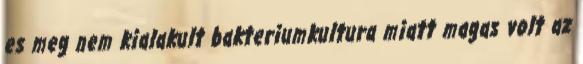
es meg nem kialakult bakteriumkultura miatt magas volt az